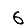
Digit: 6